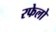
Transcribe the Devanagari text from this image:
रफेलो